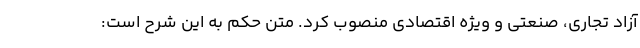
آزاد تجاری، صنعتی و ویژه اقتصادی منصوب کرد. متن حکم به این شرح است: